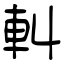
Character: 䡂